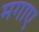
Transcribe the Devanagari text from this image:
मगाए